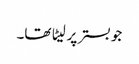
جو بستر پر لیٹا تھا۔